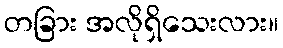
တခြား အလိုရှိသေးလား။